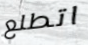
اتطلع